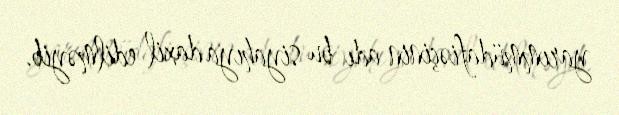
yarımmüdafiəçinin adı bu siyahıya daxil edilməyib.